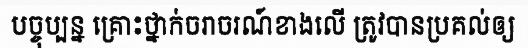
បច្ចុប្បន្ន គ្រោះថ្នាក់ចរាចរណ៍ខាងលើ ត្រូវបានប្រគល់ឲ្យ